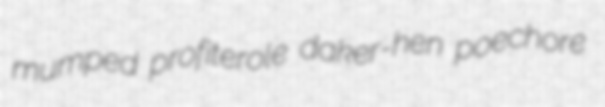
mumped profiterole daker-hen poechore